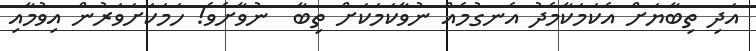
އަދި ތިބާޔަށް އެކަމަކާމެދު އެނގުމެއް ނުވާކަމަކަށް ތިބާ  ނުވާށެވެ! ހަމަކަށަވަރުން އިވުމާއި